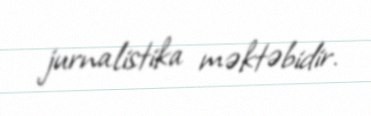
jurnalistika məktəbidir.